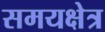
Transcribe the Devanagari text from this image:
समयक्षेत्र